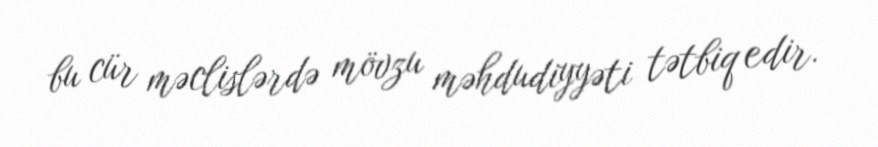
bu cür məclislərdə mövzu məhdudiyyəti tətbiq edir.